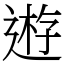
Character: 𨔼